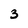
Character: 3